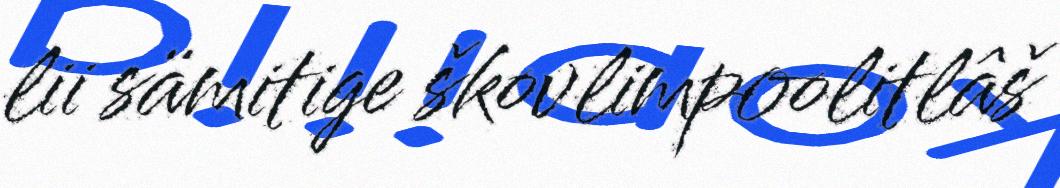
lii sämitige škovlimpoolitlâš